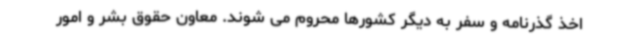
اخذ گذرنامه و سفر به دیگر کشورها محروم می شوند. معاون حقوق بشر و امور